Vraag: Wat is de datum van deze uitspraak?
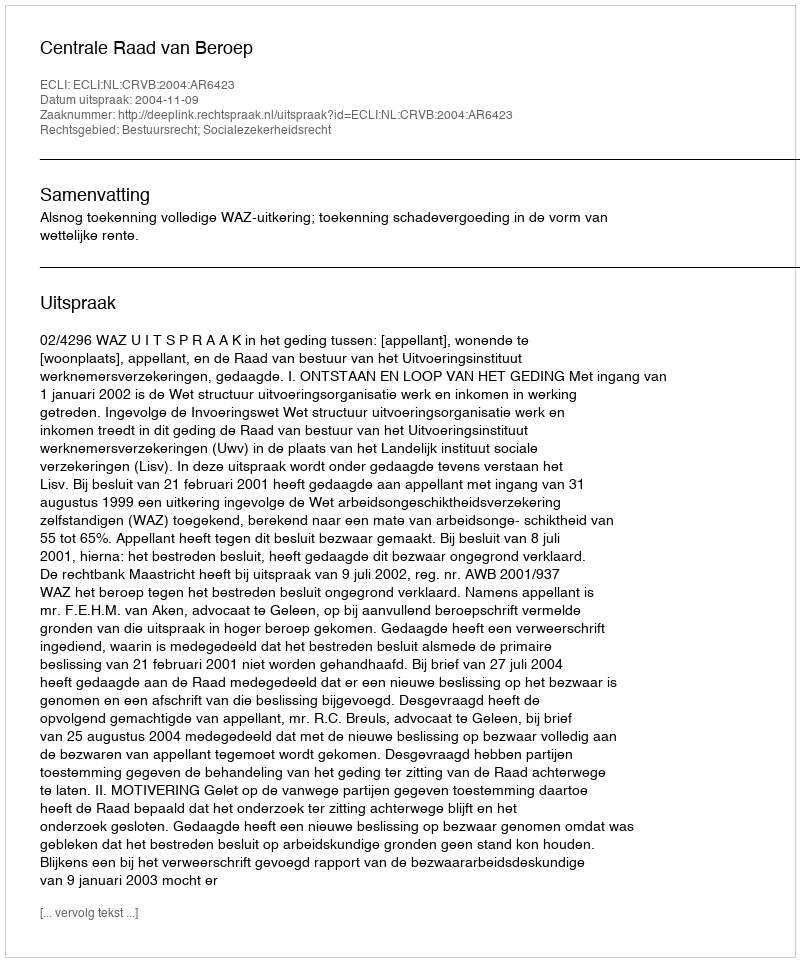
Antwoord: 2004-11-09